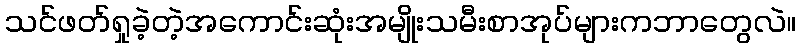
သင်ဖတ်ရှုခဲ့တဲ့အကောင်းဆုံးအမျိုးသမီးစာအုပ်များကဘာတွေလဲ။